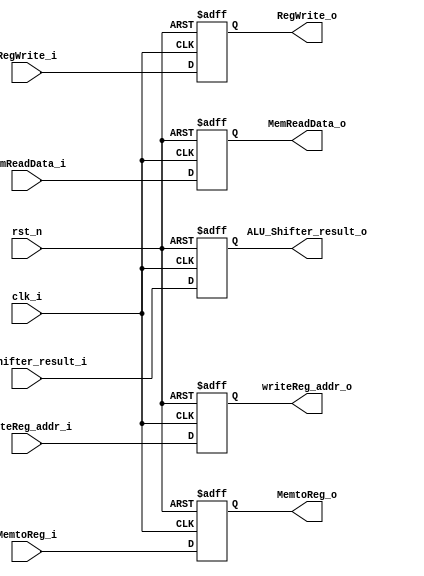
module reg_MEM_WB (clk_i, rst_n,
	// From MEM
	RegWrite_i,
	MemtoReg_i,
	MemReadData_i,
	ALU_Shifter_result_i,
	writeReg_addr_i,
	// To WB
	RegWrite_o,
	MemtoReg_o,
	MemReadData_o,
	ALU_Shifter_result_o,
	writeReg_addr_o
);

input clk_i, rst_n;
input RegWrite_i, MemtoReg_i;
input [31:0] MemReadData_i, ALU_Shifter_result_i;
input [4:0] writeReg_addr_i;

output reg RegWrite_o, MemtoReg_o;
output reg [31:0] MemReadData_o, ALU_Shifter_result_o;
output reg [4:0] writeReg_addr_o;

always@(posedge clk_i or negedge rst_n)
begin
	if(rst_n == 0)
	begin
		RegWrite_o <= 1'd0;
		MemtoReg_o <= 1'd0;
		MemReadData_o <= 32'd0;
		ALU_Shifter_result_o <= 32'd0;
		writeReg_addr_o <= 5'd0;
	end
	else
	begin
		RegWrite_o <= RegWrite_i;
		MemtoReg_o <= MemtoReg_i;
		MemReadData_o <= MemReadData_i;
		ALU_Shifter_result_o <= ALU_Shifter_result_i;
		writeReg_addr_o <= writeReg_addr_i;
	end
end

endmodule